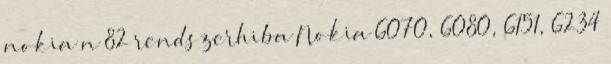
nokia n 82 rendszerhiba Nokia 6070, 6080, 6151, 6234